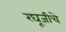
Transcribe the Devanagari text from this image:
रघूजीचे